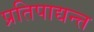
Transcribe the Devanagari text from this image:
प्रतिपाद्यन्त्त